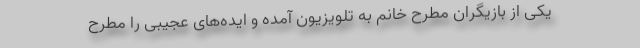
یکی از بازیگران مطرح خانم به تلویزیون آمده و ایده‌های عجیبی را مطرح